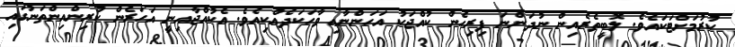
ކުރުމަށްޓަކައެވެ. ލޮބީތެރެއިން ނުދަންނަ ފިރިހެން ކުއްޖަކު އަހަންނާއި ވާހަކަދެއްކިއެވެ. އެކުއްޖާއިނީ އަހަރެން ކުރިންއިންތަނުގައި